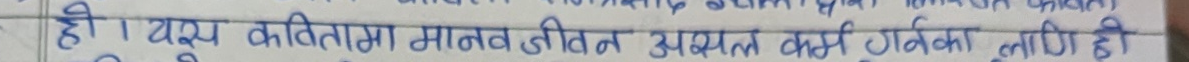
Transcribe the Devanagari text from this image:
ही । यस कवितामा मानव जीवन अत्यन्त कर्णनिक लाएी छी ।